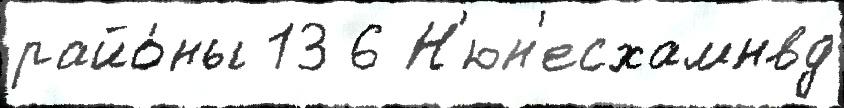
райо́ны 13 6 Н'юн'есхамнвд